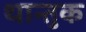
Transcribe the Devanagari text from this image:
थान्तुक